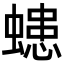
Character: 䗭